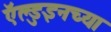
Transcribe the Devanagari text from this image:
ऍल्डुइनच्या